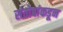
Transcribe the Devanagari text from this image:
संतोबांकडून